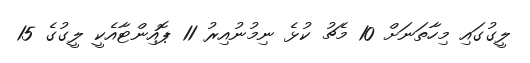
ލީގުގައި މިހާތަނަށް 10 މެޗު ކުޅެ ނިމުނުއިރު 11 ޕޮއިންޓާއެކީ ލީގުގެ 15